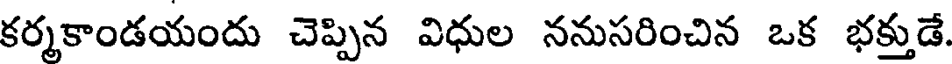
కర్మకాండయందు చెప్పిన విధుల ననుసరించిన ఒక భక్తుడే